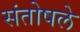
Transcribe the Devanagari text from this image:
संतोषले